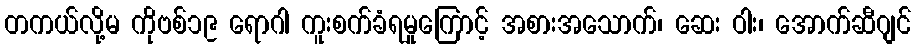
တကယ်လို့မ ကိုဗစ်၁၉ ရောဂါ ကူးစက်ခံရမှုကြောင့် အစားအသောက်၊ ဆေး ဝါး၊ အောက်ဆီဂျင်